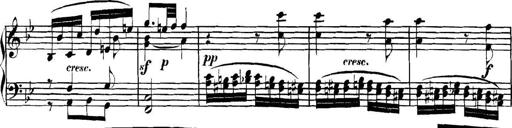
Title: Collected Piano Sonatas
Composer: Muzio Clementi